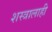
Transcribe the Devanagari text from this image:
शस्त्रालाही